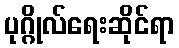
ပုဂ္ဂိုလ်ရေးဆိုင်ရာ